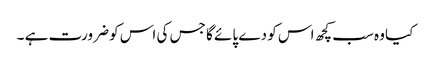
کیا وہ سب کچھ اس کو دے پائے گا جس کی اس کو ضرورت ہے ۔